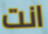
انت